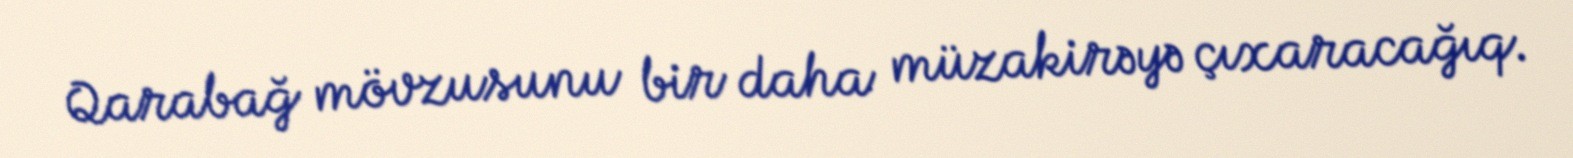
Qarabağ mövzusunu bir daha müzakirəyə çıxaracağıq.